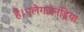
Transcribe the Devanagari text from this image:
है।एलेगज़ेनड्रिया